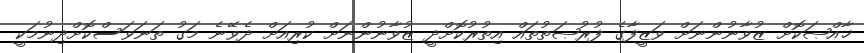
ޚާއްޞަކޮށް ޒުވާނުންނަށް ވަޒީފާގެ ފުރުޞަތުތައް އިތުރުކޮށްދީ ޒުވާނުންނަށް ކުރިއަށް ދެވޭނެ މަގު ތަނަވަސްކޮށްދިނުމަކީ